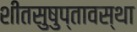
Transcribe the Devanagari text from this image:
शीतसुषुप्तावस्था